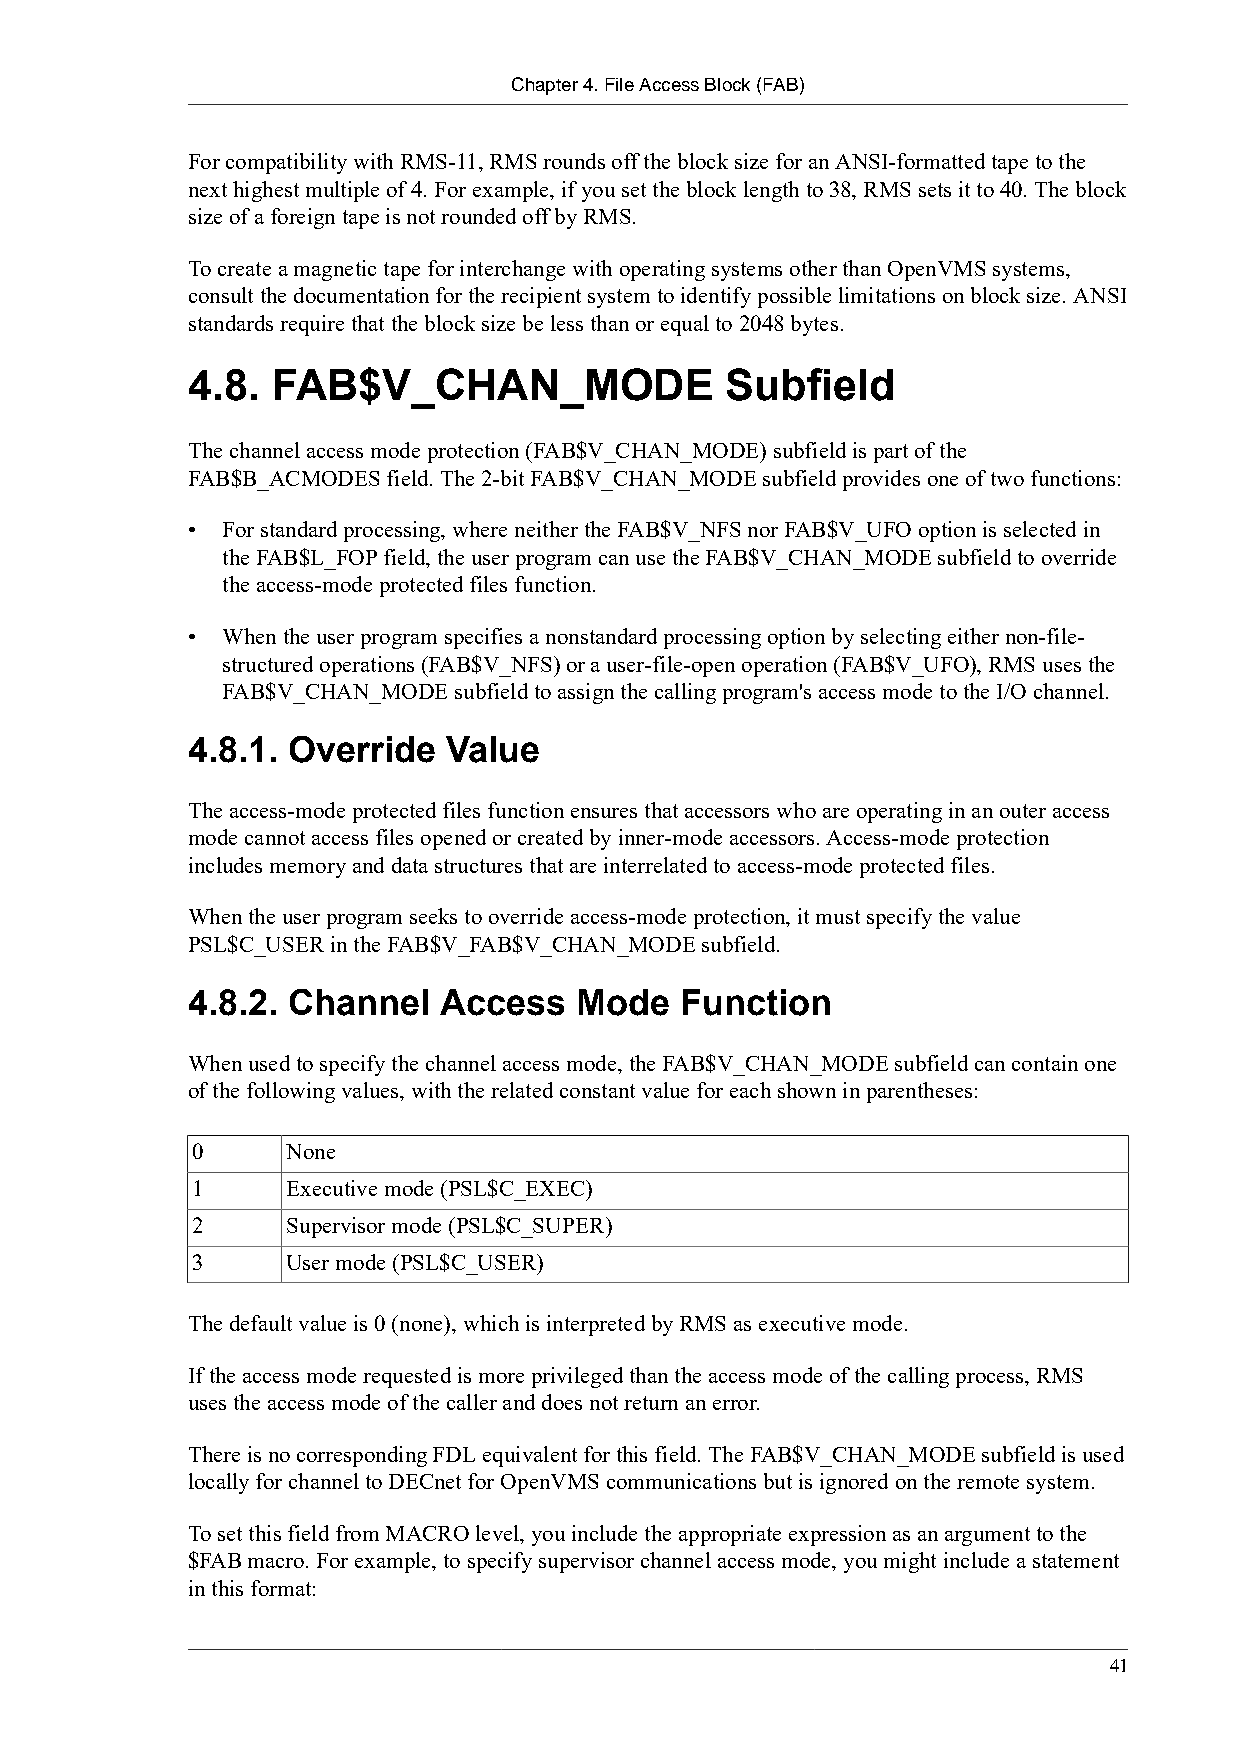
Chapter 4. File Access Block (FAB)
 For compatibility with RMS-11, RMS rounds off the block size for an ANSI-formatted tape to the
 next highest multiple of 4. For example, if you set the block length to 38, RMS sets it to 40. The block
 size of a foreign tape is not rounded off by RMS.
 To create a magnetic tape for interchange with operating systems other than OpenVMS systems,
 consult the documentation for the recipient system to identify possible limitations on block size. ANSI
 standards require that the block size be less than or equal to 2048 bytes.
 4.8.  FAB$V_CHAN_MODE               Subfield
 The channel access mode protection (FAB$V_CHAN_MODE) subfield is part of the
 FAB$B_ACMODES field. The 2-bit FAB$V_CHAN_MODE subfield provides one of two functions:
 •  For standard processing, where neither the FAB$V_NFS nor FAB$V_UFO option is selected in
 the FAB$L_FOP field, the user program can use the FAB$V_CHAN_MODE subfield to override
 the access-mode protected files function.
 •  When the user program specifies a nonstandard processing option by selecting either non-file-
 structured operations (FAB$V_NFS) or a user-file-open operation (FAB$V_UFO), RMS uses the
 FAB$V_CHAN_MODE subfield to assign the calling program's access mode to the I/O channel.
 4.8.1. Override  Value
 The access-mode protected files function ensures that accessors who are operating in an outer access
 mode cannot access files opened or created by inner-mode accessors. Access-mode protection
 includes memory and data structures that are interrelated to access-mode protected files.
 When the user program seeks to override access-mode protection, it must specify the value
 PSL$C_USER in the FAB$V_FAB$V_CHAN_MODE subfield.
 4.8.2. Channel   Access   Mode   Function
 When used to specify the channel access mode, the FAB$V_CHAN_MODE subfield can contain one
 of the following values, with the related constant value for each shown in parentheses:
 0     None
 1     Executive mode (PSL$C_EXEC)
 2     Supervisor mode (PSL$C_SUPER)
 3     User mode (PSL$C_USER)
 The default value is 0 (none), which is interpreted by RMS as executive mode.
 If the access mode requested is more privileged than the access mode of the calling process, RMS
 uses the access mode of the caller and does not return an error.
 There is no corresponding FDL equivalent for this field. The FAB$V_CHAN_MODE subfield is used
 locally for channel to DECnet for OpenVMS communications but is ignored on the remote system.
 To set this field from MACRO level, you include the appropriate expression as an argument to the
 $FAB macro. For example, to specify supervisor channel access mode, you might include a statement
 in this format:
 41